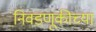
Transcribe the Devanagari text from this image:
निवडणूकीच्या